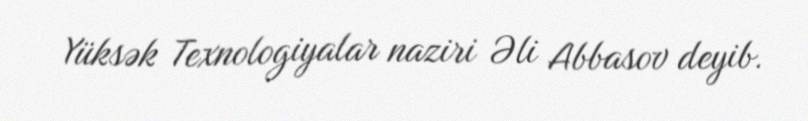
Yüksək Texnologiyalar naziri Əli Abbasov deyib.